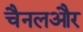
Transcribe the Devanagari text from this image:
चैनलऔर